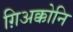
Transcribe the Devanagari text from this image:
ग़िअक्कोनि